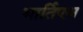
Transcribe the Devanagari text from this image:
भार्तिएअ